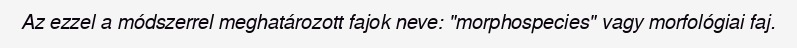
Az ezzel a módszerrel meghatározott fajok neve: "morphospecies" vagy morfológiai faj.